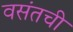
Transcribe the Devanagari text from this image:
वसंतची